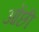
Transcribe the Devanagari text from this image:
ओंछी